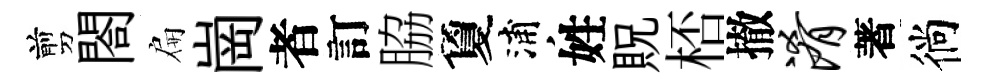
剪閤扁崗者訂脇夐浦姓貺桮撤淆著徜